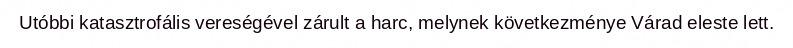
Utóbbi katasztrofális vereségével zárult a harc, melynek következménye Várad eleste lett.